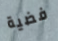
فضية